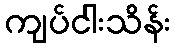
ကျပ်ငါးသိန်း